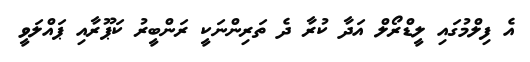
އެ ފިލްމުގައި ލީޑްރޯލް އަދާ ކުރާ ދެ ތަރިންނަކީ ރަންބީރު ކަޕޫރާއި ޕައްލަވީ